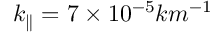
k _ { \parallel } = 7 \times 1 0 ^ { - 5 } k m ^ { - 1 }